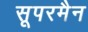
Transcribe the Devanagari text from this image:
सूपरमैन